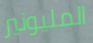
المليونير